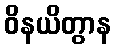
ဝိနယိတွာန